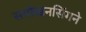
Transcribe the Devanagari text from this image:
समोखनसिंगने